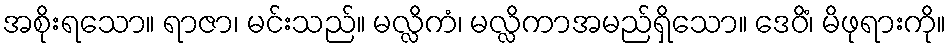
အစိုးရသော။ ရာဇာ၊ မင်းသည်။ မလ္လိကံ၊ မလ္လိကာအမည်ရှိသော။ ဒေဝိံ၊ မိဖုရားကို။